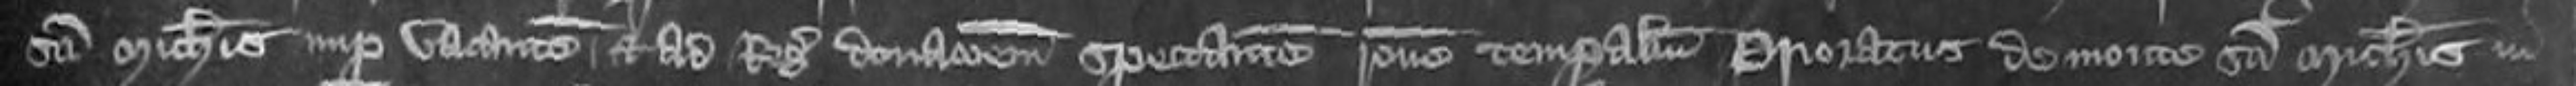
Sancti Michaelis nuper vacantem et ad Regis donationem spectantem ratione temporalium Prioratus de monte Sancti Michaelis in